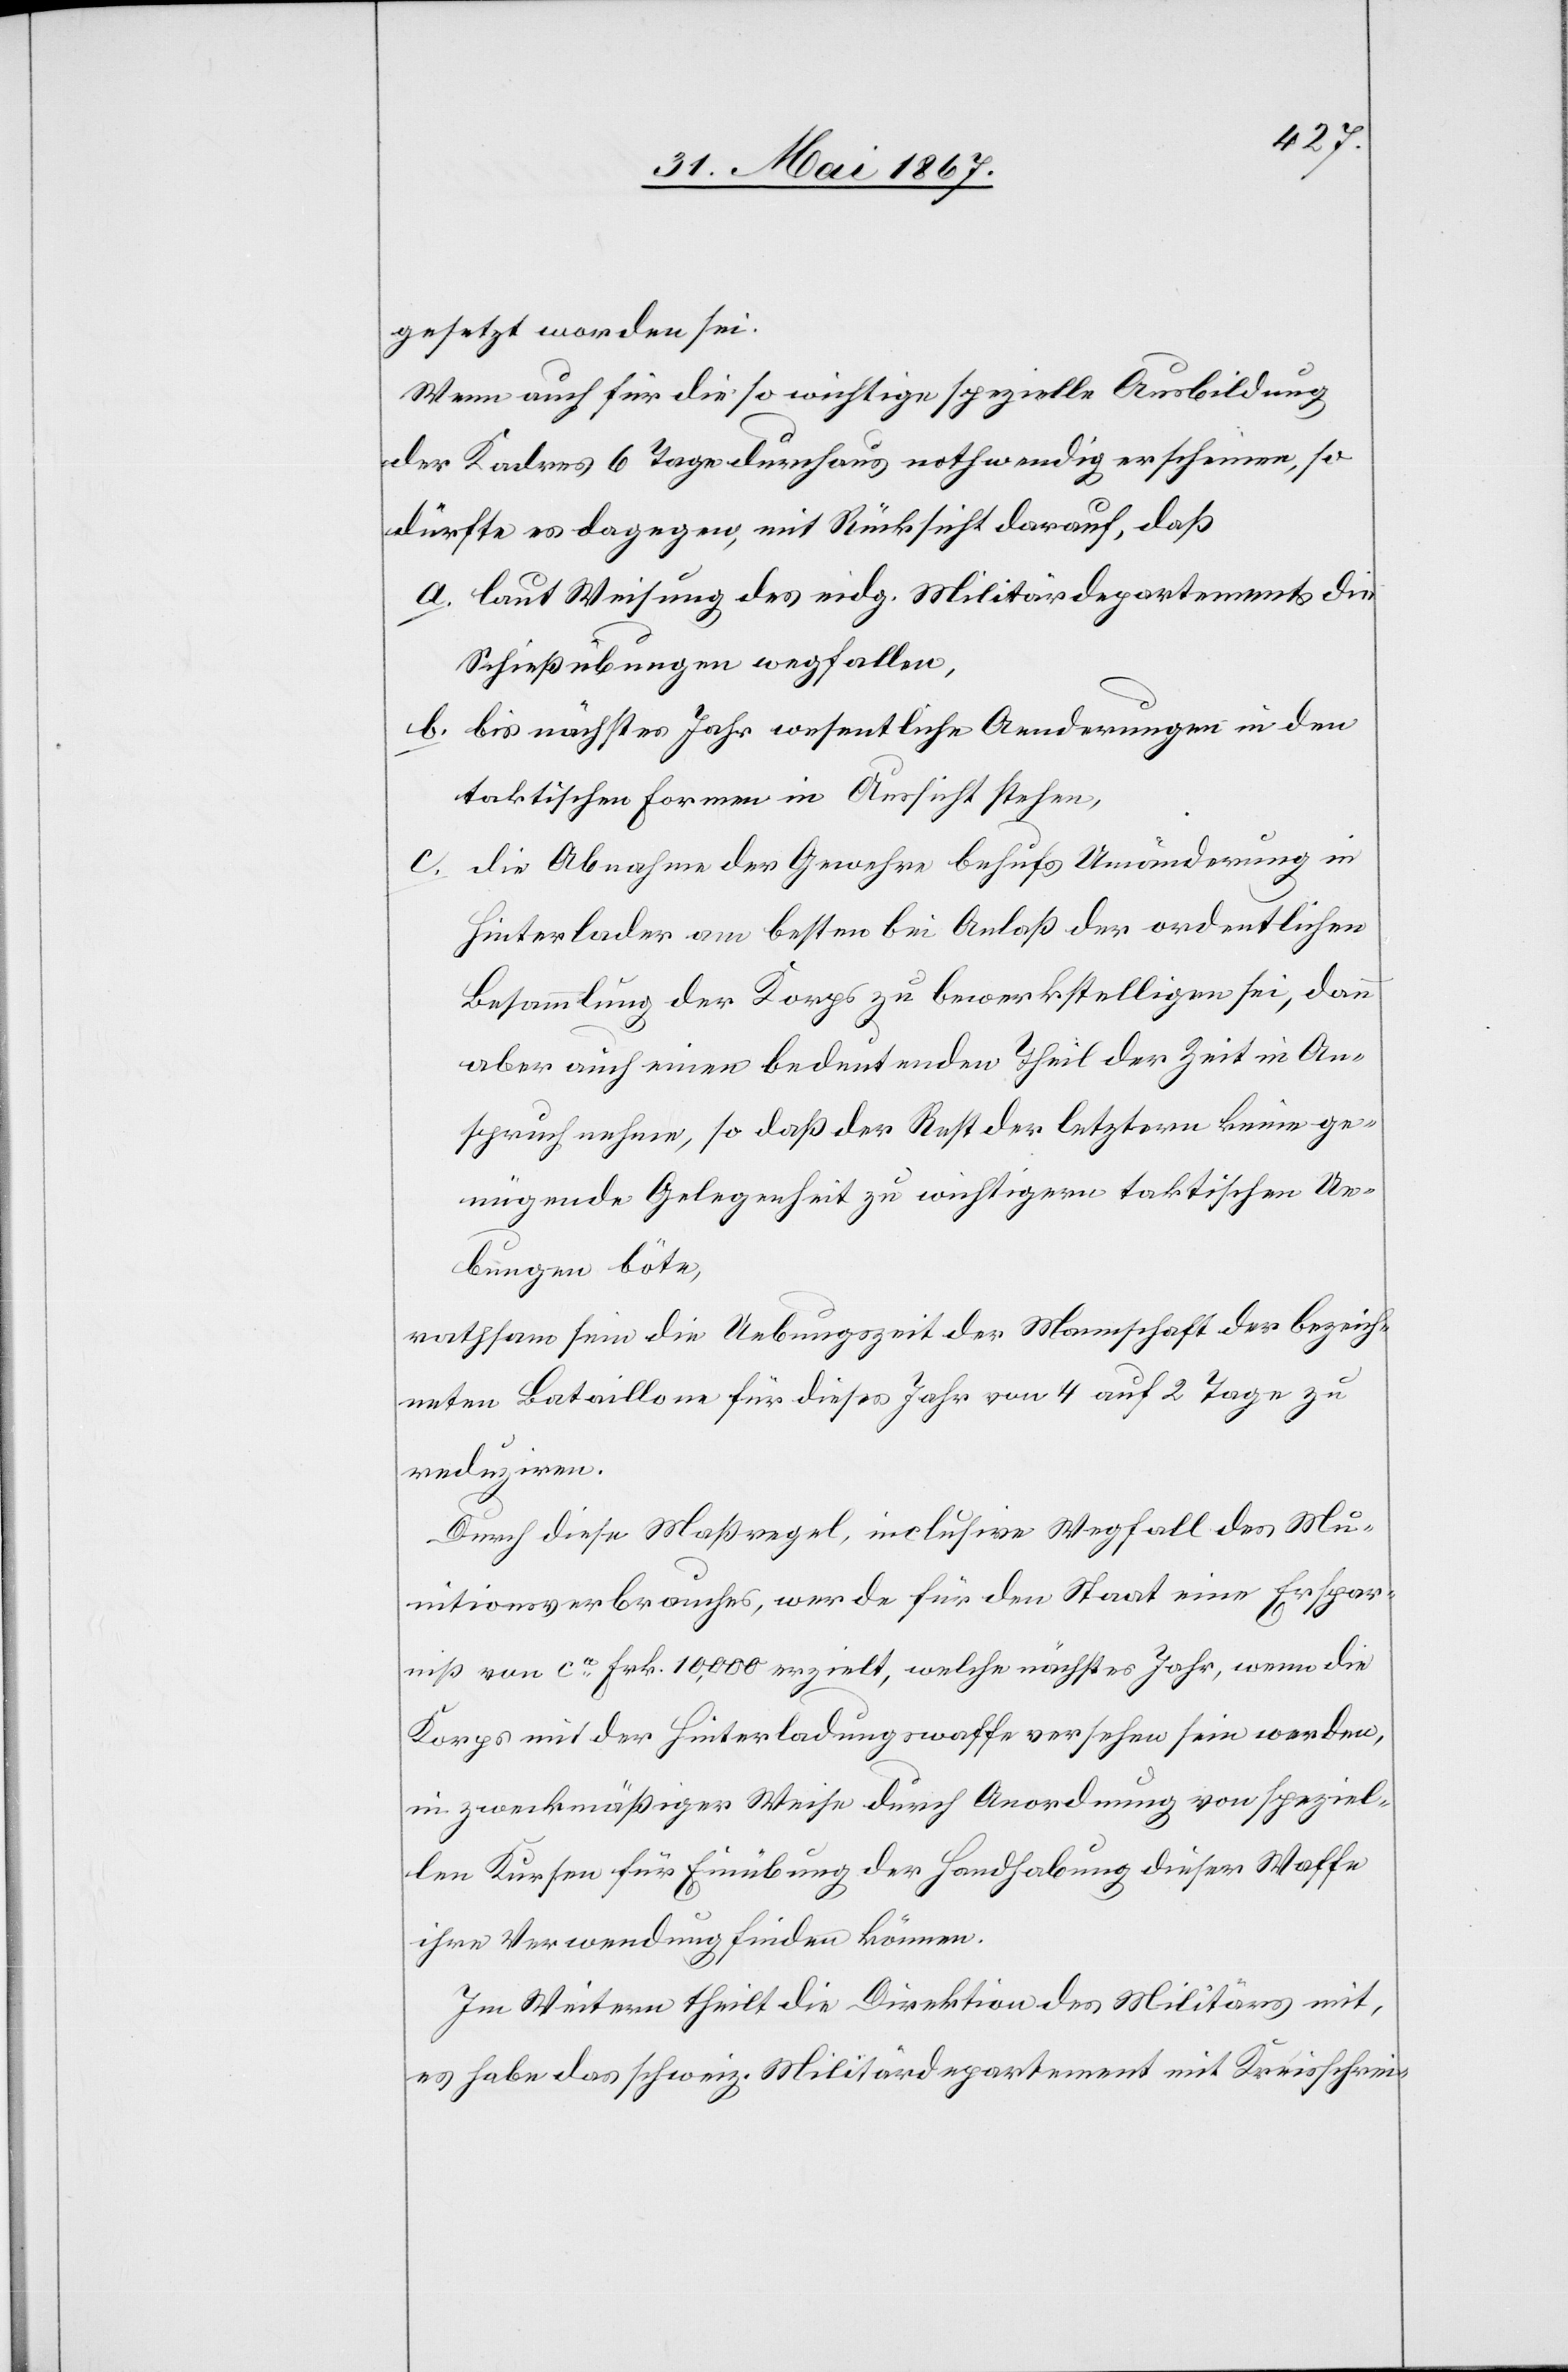
gesetzt worden sei.
Wenn auch für die so wichtige spezielle Ausbildung
der Kaders 6 Tage durchaus nothwendig erscheinen, so
dürfte es dagegen, mit Rücksicht darauf, daß
a.	laut Weisung des eidg. Militärdepartements die
Schießübungen wegfallen,
b.	bis nächstes Jahr wesentliche Aenderungen in den
taktischen Formen in Aussicht stehen,
c.	die Abnahme der Gewehre behufs Umänderung in
Hinterlader am besten bei Anlaß der ordentlichen
Besammlung der Korps zu bewerkstelligen sei, dann
aber auch einen bedeutenden Theil der Zeit in An¬
spruch nehme, so daß der Rest der letztern keine ge¬
nügende Gelegenheit zu wichtigern taktischen Ue¬
bungen böte,
rathsam sein die Uebungszeit der Mannschaft der bezeich¬
neten Bataillone für dieses Jahr von 4 auf 2 Tage zu
reduzieren.
Durch diese Maßregel inclusive Wegfall des Mu¬
nitionsverbrauchs, werde für den Staat eine Erspar¬
niß von ca. Frk. 10,000 erzielt, welche nächstes Jahr, wenn die
Korps mit der Hinterladungswaffe versehen sein werden,
in zweckmäßiger Weise durch Anordnung von speziel¬
len Kursen für Einübung der Handhabung dieser Waffe
ihre Verwendung finden können.
Im Weitern theilt die Direktion des Militärs mit,
es habe das schweiz. Militärdepartement mit Kreisschrei-